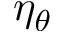
\eta _ { \theta }